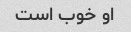
او خوب است